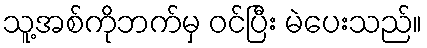
သူ့အစ်ကိုဘက်မှ ဝင်ပြီး မဲပေးသည်။